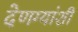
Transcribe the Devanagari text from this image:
देणग्यांशी